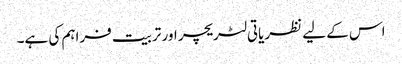
اس کے لیے نظریاتی لٹریچر اور تربیت فراہم کی ہے۔